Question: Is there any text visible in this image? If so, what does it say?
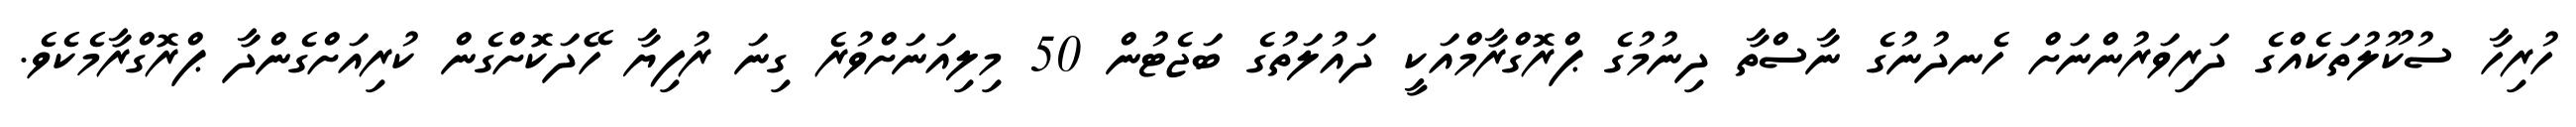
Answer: ހުރިހާ ސުކޫލުތަކެއްގެ ދަރިވަރުންނަށް ހެނދުނުގެ ނާސްތާ ދިނުމުގެ ޕްރޮގްރާމްއަކީ ދައުލަތުގެ ބަޖެޓުން 50 މިލިއަނަށްވުރެ ގިނަ ރުފިޔާ ހޭދަކޮށްގެން ކުރިއަށްގެންދާ ޕްރޮގްރާމެކެވެ.